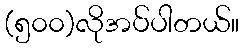
(၅၀၀)လိုအပ်ပါတယ်။